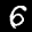
Label: 6